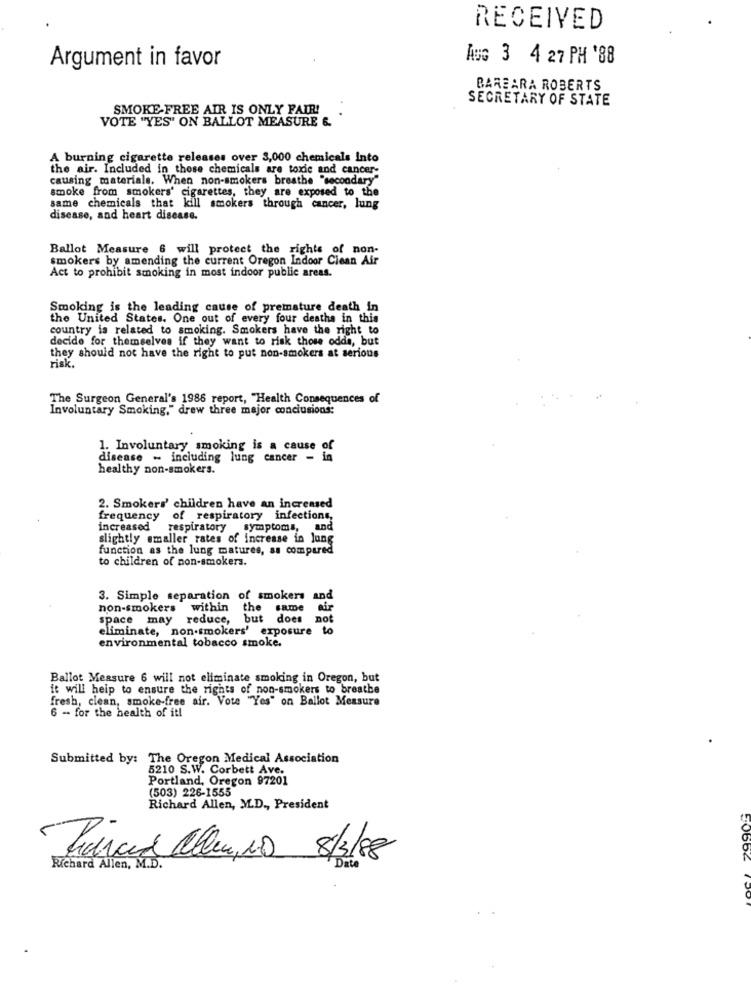
RECEIVED
Aus 3 4 27 PH '88
Argument in favor
BARBARA ROBERTS
SECRETARY OF STATE
SMOKE-FREE AIR IS ONLY FAIR!
VOTE "YES" ON BALLOT MEASURE &
A burning cigarette releases over 3,000 chemicals Into
the air. Included in those chemicals are toxic and cancer-
causing materials. When non-smokers breathe "secondary"
smoke from smokers' cigarettes, they are exposed to the
same chemicals that kill smokers through cancer, lung
disease, and heart disease.
Ballot Measure 6 will protect the rights of non-
smokers by amending the current Oregon Indoor Clean Air
Act to prohibit smoking in most indoor public areas.
Smoking is the leading cause of premature death in
the United States. One out of every four deaths in this
country is related to smoking. Smokers have the right to
decide for themselves if they want to risk those odda, but
they should not have the right to put non-smokers at serious
risk.
The Surgeon General's 1986 report, "Health Consequences of
Involuntary Smoking," drew three major conclusions:
1. Involuntary smoking is a cause of
disease - including lung cancer -
healthy non-smokers.
2. Smokers' children have an increased
frequency of respiratory infections,
increased respiratory symptoms, and
slightly emaller rates of increase in long
function as the lung matures, as compared
to children of non-smokers.
3. Simple separation of smokers and
non-smokers within the same
air
space may reduce, but does
not
eliminate, non-smokers' exposure
environmental tobacco smoke.
Ballot Measure 6 will not eliminate smoking in Oregon, but
it will heip to ensure the rights of non-smokers to breathe
fresh, clean, smoke-free air. Vote "Yes" on Ballot Measure
6 - for the health of it!
Submitted by: The Oregon Medical Association
5210 S.W. Corbett Ave.
Portland, Oregon 97201
(503) 226-1555
Richard Allen, M.D ., President
Parad allen, No 8/3/88
Richard Allen, M.D.